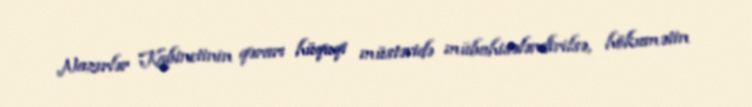
Nazırlər Kabinetinin qərarı hüquqi müstəvidə mübahisələndirilsə, hökumətin